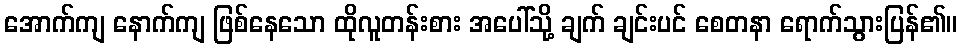
အောက်ကျ နောက်ကျ ဖြစ်နေသော ထိုလူတန်းစား အပေါ်သို့ ချက် ချင်းပင် စေတနာ ရောက်သွားပြန်၏။